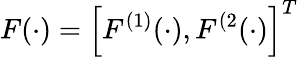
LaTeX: F(\cdot)=\left[F^{(1)}(\cdot),F^{(2}(\cdot)\right]^{T}